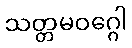
သတ္တမဝဂ္ဂေါ